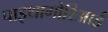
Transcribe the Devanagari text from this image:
पाइथागोरिआई